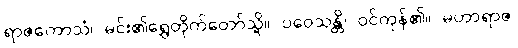
ရာဇကောသံ၊ မင်း၏ရွှေတိုက်တော်သို့။ ပဝေသန္တိ၊ ဝင်ကုန်၏။ မဟာရာဇ၊